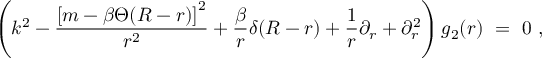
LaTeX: \left( k ^ { 2 } - \frac { \left[ m - \beta \Theta ( R - r ) \right] ^ { 2 } } { r ^ { 2 } } + \frac { \beta } { r } \delta ( R - r ) + \frac 1 r \partial _ { r } + \partial _ { r } ^ { 2 } \right) g _ { 2 } ( r ) \ = \ 0 \ ,